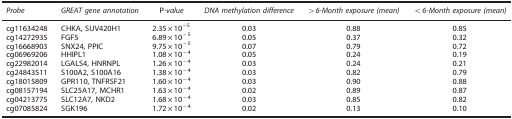
<table><thead><tr><td><b><i>Probe</i></b></td><td><b><i>GREAT gene annotation</i></b></td><td><b>P-<i>value</i></b></td><td><b><i>DNA methylation difference</i></b></td><td><b><i>&gt;6-Month exposure (mean)</i></b></td><td><b><i>&lt;6-Month exposure (mean)</i></b></td></tr></thead><tbody><tr><td>cg11634248</td><td>CHKA, SUV420H1</td><td>2.35 × 10<sup>−</sup><sup>5</sup></td><td>0.03</td><td>0.88</td><td>0.85</td></tr><tr><td>cg14272935</td><td>FGF5</td><td>6.89 × 10<sup>−5</sup></td><td>0.05</td><td>0.37</td><td>0.32</td></tr><tr><td>cg16668903</td><td>SNX24, PPIC</td><td>9.75 × 10<sup>−5</sup></td><td>0.07</td><td>0.79</td><td>0.72</td></tr><tr><td>cg06969206</td><td>HHIPL1</td><td>1.08 × 10<sup>−4</sup></td><td>0.05</td><td>0.24</td><td>0.19</td></tr><tr><td>cg22982014</td><td>LGALS4, HNRNPL</td><td>1.26 × 10<sup>−4</sup></td><td>0.03</td><td>0.24</td><td>0.21</td></tr><tr><td>cg24843511</td><td>S100A2, S100A16</td><td>1.38 × 10<sup>−4</sup></td><td>0.03</td><td>0.82</td><td>0.79</td></tr><tr><td>cg18015809</td><td>GPR110, TNFRSF21</td><td>1.60 × 10<sup>−4</sup></td><td>0.03</td><td>0.90</td><td>0.88</td></tr><tr><td>cg08157194</td><td>SLC25A17, MCHR1</td><td>1.63 × 10<sup>−4</sup></td><td>0.02</td><td>0.89</td><td>0.87</td></tr><tr><td>cg04213775</td><td>SLC12A7, NKD2</td><td>1.68 × 10<sup>−4</sup></td><td>0.03</td><td>0.85</td><td>0.82</td></tr><tr><td>cg07085824</td><td>SGK196</td><td>1.72 × 10<sup>−4</sup></td><td>0.02</td><td>0.13</td><td>0.10</td></tr></tbody></table>